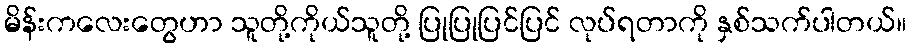
မိန်းကလေးတွေဟာ သူတို့ကိုယ်သူတို့ ပြုပြုပြင်ပြင် လုပ်ရတာကို နှစ်သက်ပါတယ်။